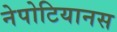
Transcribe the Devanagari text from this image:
नेपोटियानस